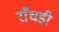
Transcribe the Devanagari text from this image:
राँघड़ी